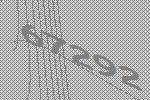
67292